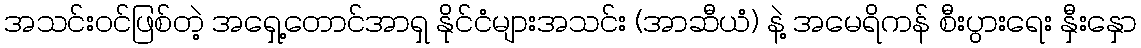
အသင်းဝင်ဖြစ်တဲ့ အရှေ့တောင်အာရှ နိုင်ငံများအသင်း (အာဆီယံ) နဲ့ အမေရိကန် စီးပွားရေး နှီးနှော